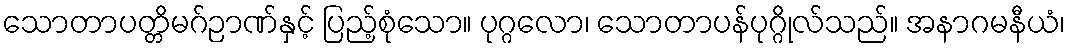
သောတာပတ္တိမဂ်ဉာဏ်နှင့် ပြည့်စုံသော။ ပုဂ္ဂလော၊ သောတာပန်ပုဂ္ဂိုလ်သည်။ အနာဂမနီယံ၊